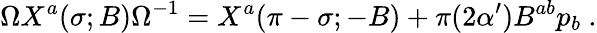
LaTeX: \Omega X^{a}(\sigma;B)\Omega^{-1}=X^{a}(\pi-\sigma;-B)+\pi(2\alpha^{\prime})B^{ab}p_{b}\ .